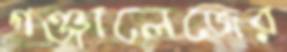
গঞ্জালেজের